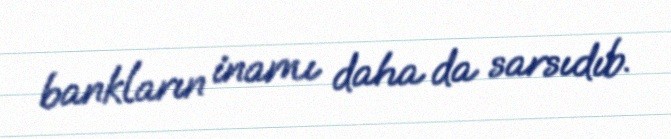
bankların inamı daha da sarsıdıb.